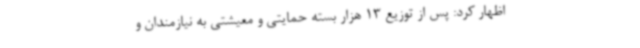
اظهار کرد: پس از توزیع 13 هزار بسته حمایتی و معیشتی به نیازمندان و